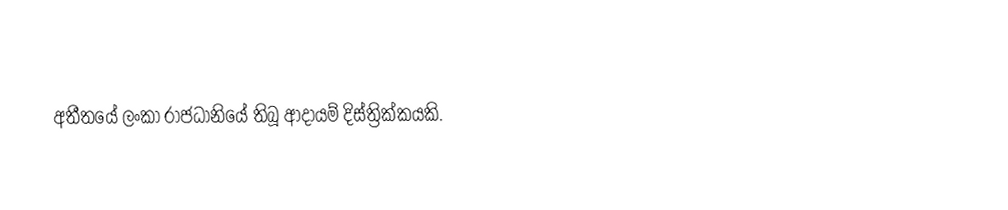
අතීතයේ ලංකා රාජධානියේ තිබූ ආදායම් දිස්ත්‍රික්කයකි.